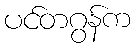
ပင်တဂွန်က